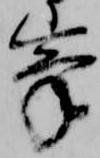
峯